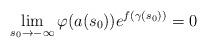
LaTeX: \begin{align*}\lim_{s_{0}\to-\infty}\varphi(a(s_{0}))e^{f(\gamma(s_{0}))}=0\end{align*}